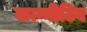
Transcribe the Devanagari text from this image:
काग्नीटिव